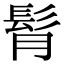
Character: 𩬏